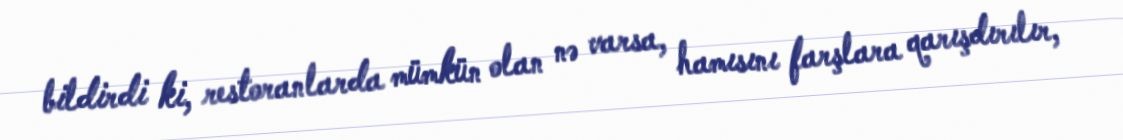
bildirdi ki, restoranlarda mümkün olan nə varsa, hamısını farşlara qarışdırılır,